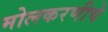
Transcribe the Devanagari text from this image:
मोलकरणीचे